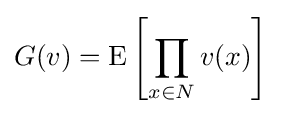
G(v)=\operatorname {E} \left[\prod _{x\in N}v(x)\right]